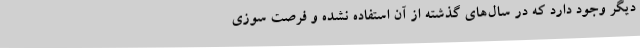
دیگر وجود دارد که در سال‌های گذشته از آن استفاده نشده و فرصت سوزی